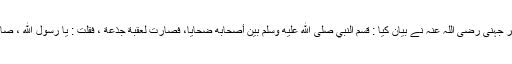
عقبہ بن عامر جہنی رضی اللہ عنہ نے بیان کیا : قَسمَ النبي صلَّى اللهُ عليه وسلَّم بين أصحابِهِ ضَحايا، فصارَتْ لِعُقبَةَ جَذَعَةٌ ، فقلت : يا رسولَ اللهِ ، صارت جَذَعَةٌ ؟